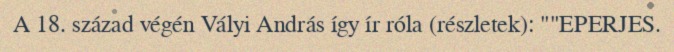
A 18. század végén Vályi András így ír róla (részletek): ""EPERJES.